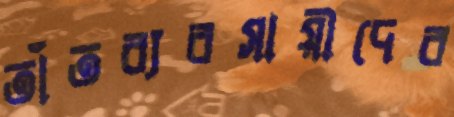
তাঁতব্যবসায়ীদের